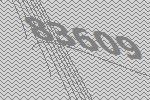
83609